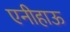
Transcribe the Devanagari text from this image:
एनीहाऊ